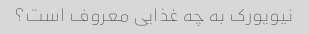
نیویورک به چه غذایی معروف است؟